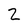
Character: 2